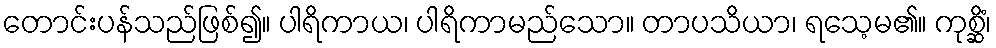
တောင်းပန်သည်ဖြစ်၍။ ပါရိကာယ၊ ပါရိကာမည်သော။ တာပသိယာ၊ ရသေ့မ၏။ ကုစ္ဆိံ၊